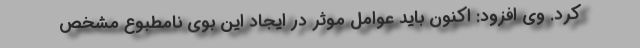
کرد. وی افزود: اکنون باید عوامل موثر در ایجاد این بوی نامطبوع مشخص